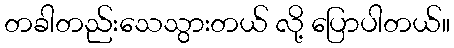
တခါတည်းသေသွားတယ် လို့ ပြောပါတယ်။